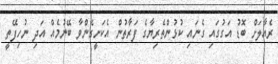
ރެއާލަށް ބޮޑު އަގުގައި ގެނައި ކުޅުންތެރިޔާގެ ފަރާތުން އެކަށީގެންވާ ބޭނުމެއް އަދި ނުހިފޭތީ